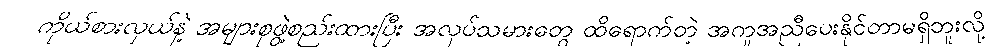
ကိုယ်စားလှယ်နဲ့ အများစုဖွဲ့စည်းထားပြီး အလုပ်သမားတွေ ထိရောက်တဲ့ အကူအညီပေးနိုင်တာမရှိဘူးလို့